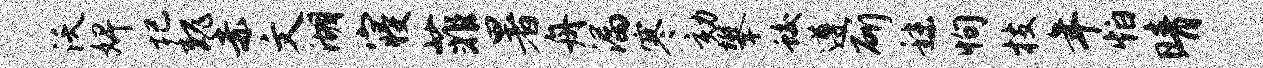
沃婢圮魏赤文湖寝菲暑舟漏寒劾攀蛟遵斫秣恂枝年怕晴